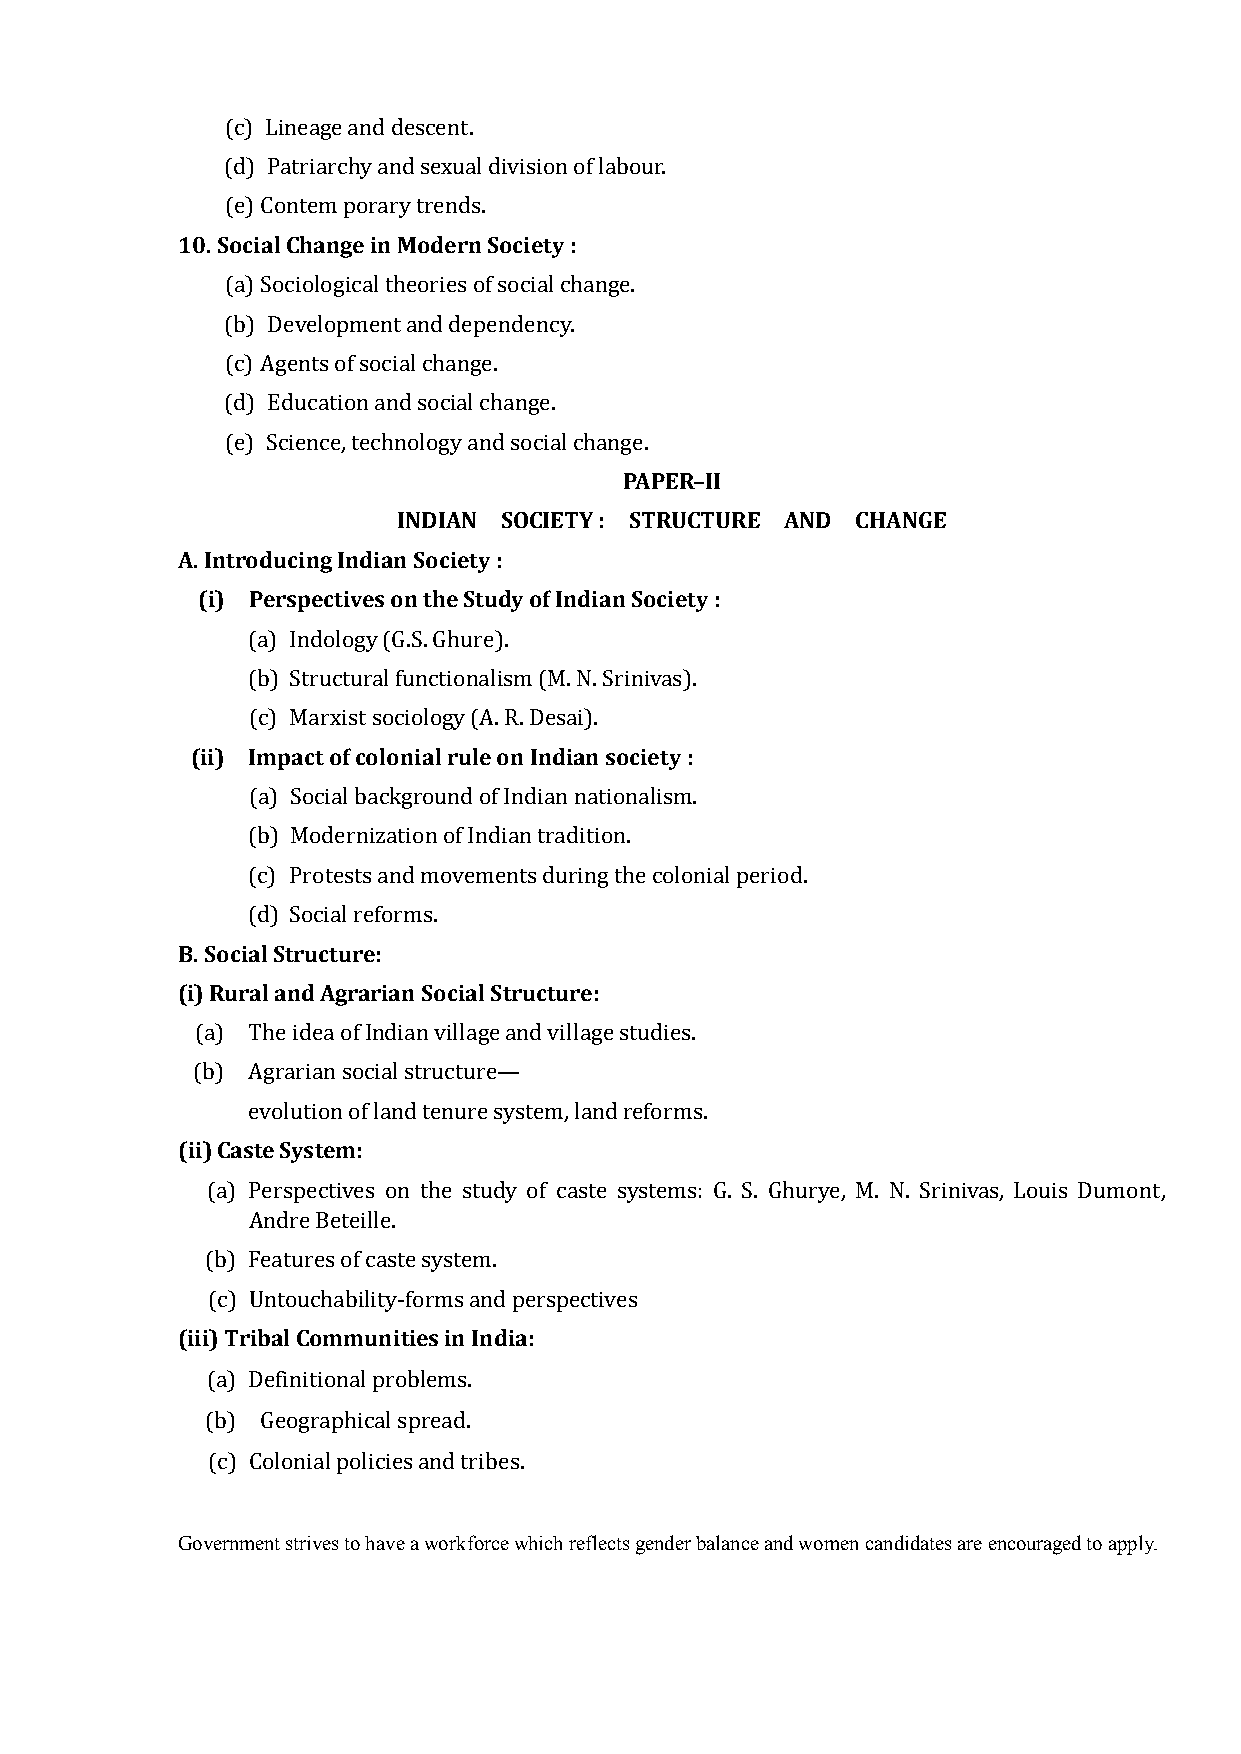
(c) Lineage and descent.
 (d) Patriarchy and sexual division of labour.
 10. Social Change in Modern Society :
 (e) Contem porary trends.
 (a) Sociological theories of social change.
 (b) Development and dependency.
 (c) Agents of social change.
 (d) Education and social change.
 PAPER–II
 (e) Science, technology and social change.
 INDIAN SOCIETY : STRUCTURE AND CHANGE
 A. Introducing Indian Society :
 (i) Perspectives on the Study of Indian Society :
 (a) Indology (G.S. Ghure).
 (b) Structural functionalism (M. N. Srinivas).
 (ii) Impact of colonial rule on Indian society :
 (c) Marxist sociology (A. R. Desai).
 (a) Social background of Indian nationalism.
 (b) Modernization of Indian tradition.
 (c) Protests and movements during the colonial period.
 B. Social Structure:
 (d) Social reforms.
 (i) Rural and Agrarian Social Structure:
 (a) The idea of Indian village and village studies.
 (b) Agrarian social structure—
 (ii) Caste System:
 evolution of land tenure system, land reforms.
 (a) Perspectives on the study of caste systems: G. S. Ghurye, M. N. Srinivas, Louis Dumont,
 Andre Beteille.
 (b) Features of caste system.
 (iii) Tribal Communities in India:
 (c) Untouchability-forms and perspectives
 (a) Definitional problems.
 (b) Geographical spread.
 (c) Colonial policies and tribes.
 Government strives to have a workforce which reflects gender balance and women candidates are encouraged to apply.